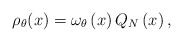
\begin{align*}\rho _{\theta }(x)=\omega _{\theta }\left( x\right) Q_{N}\left( x\right) ,\end{align*}